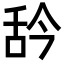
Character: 𦧈